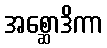
အစ္ဆောဒိကာ